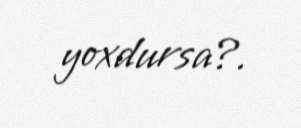
yoxdursa?.